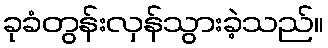
ခုခံတွန်းလှန်သွားခဲ့သည်။